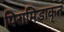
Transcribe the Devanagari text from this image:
पिरामिडाकृत